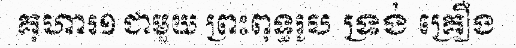
គុហារ១ ជាមួយ ព្រះពុទ្ធរូប ទ្រង់ គ្រឿង